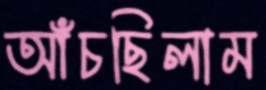
আঁচছিলাম